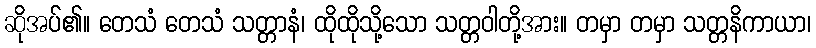
ဆိုအပ်၏။ တေသံ တေသံ သတ္တာနံ၊ ထိုထိုသို့သော သတ္တဝါတို့အား။ တမှာ တမှာ သတ္တနိကာယာ၊